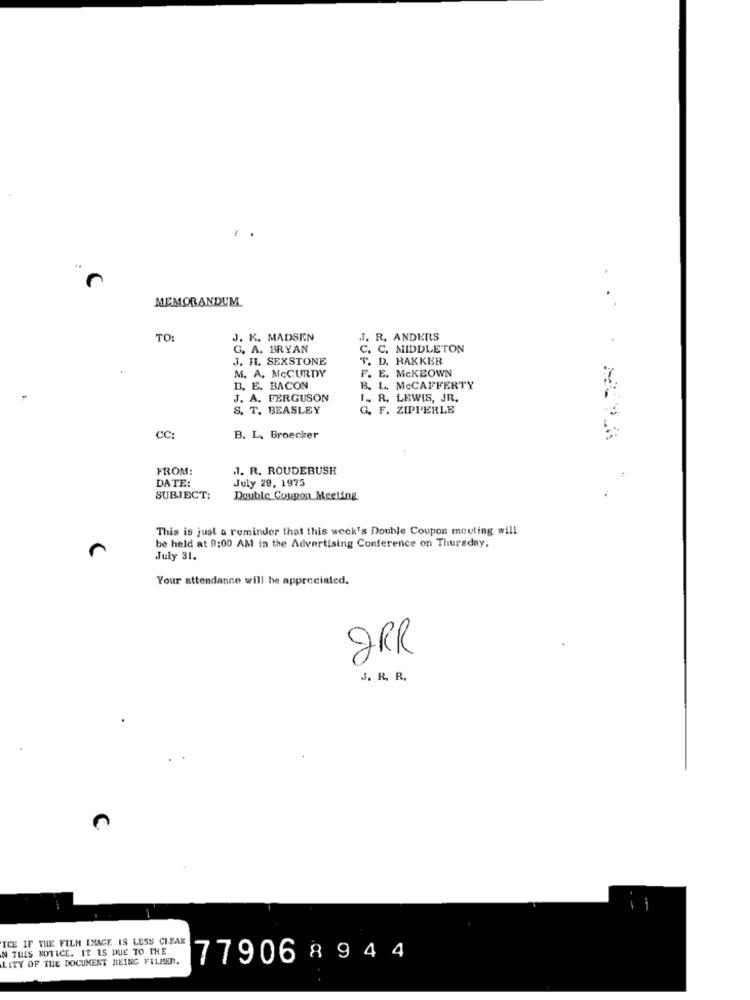
..
MEMORANDUM
...
TO:
J. K. MADSEN
R. ANDERS
G. A. BRYAN
C. MIDDLETON
J. H. SEXSTONE
. D. RAXKER
M. A. MCCURDY
F. E. MCKEOWN
D. E. BACON
B. L. MCCAFFERTY
J. A. FERGUSON
I. R. LEWIS, JR.
S. T. BEASLEY
G. F. ZIPPERLE
CC:
B. L. Broecker
FROM:
1. R. ROUDEBUSH
DATE:
July 29, 1975
SUBJECT:
Double Coupon Meeting
This is just a reminder that this week's Double Coupon meeting will
be held at 9:00 AM in the Advertising Conference on Thursday,
July 31.
Your attendance will be appreciated.
2RR
J. R. R.
ICE IF THE FILM IMAGE 18 LESS CIBAR
N THIS NOTICE. IT IS DUE TO THE
LITY OF THE DOCUMENT BEING FILMED.
77906 8944